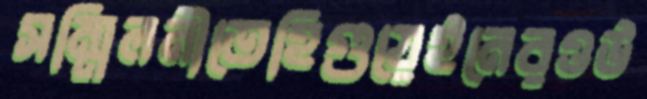
সম্মিলনীতেহিগুয়েইনেরওউ